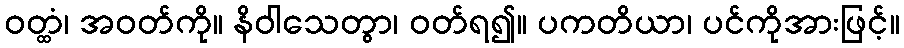
ဝတ္ထံ၊ အဝတ်ကို။ နိဝါသေတွာ၊ ဝတ်ရ၍။ ပကတိယာ၊ ပင်ကိုအားဖြင့်။